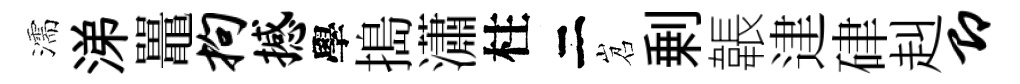
濡涕鼉拘撼學搗瀟柱二岧剰韔䢖硉赳即